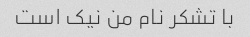
با تشکر نام من نیک است